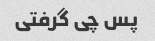
پس چی گرفتی